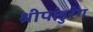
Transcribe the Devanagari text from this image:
श्रीपांडुरंग